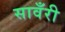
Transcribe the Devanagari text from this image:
सावँरी